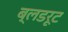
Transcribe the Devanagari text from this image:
ब्लडरूट